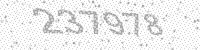
Solution: 237978